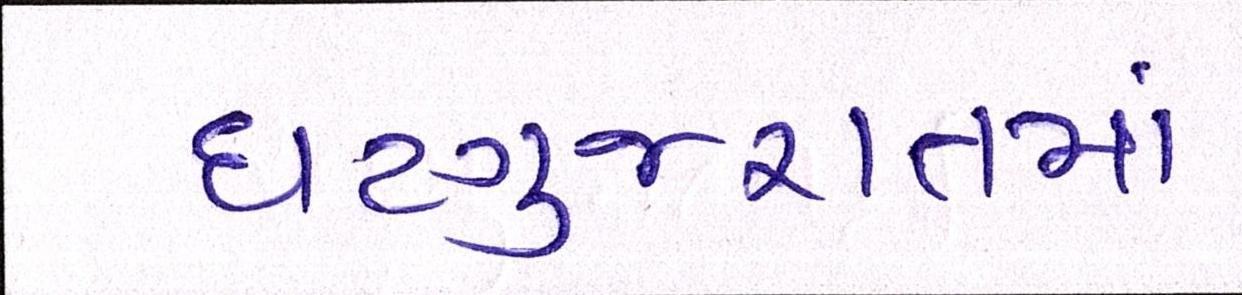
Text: ઘટગુજરાતમાં